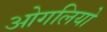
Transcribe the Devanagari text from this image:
ओगलियो